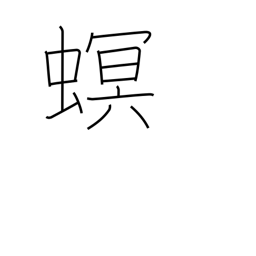
Meaning: injurious parasite